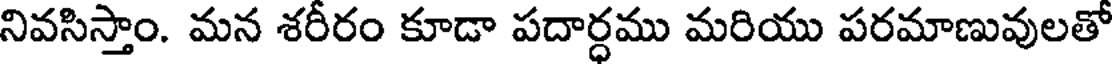
నివసిస్తాం. మన శరీరం కూడా పదార్ధము మరియు పరమాణువులతో